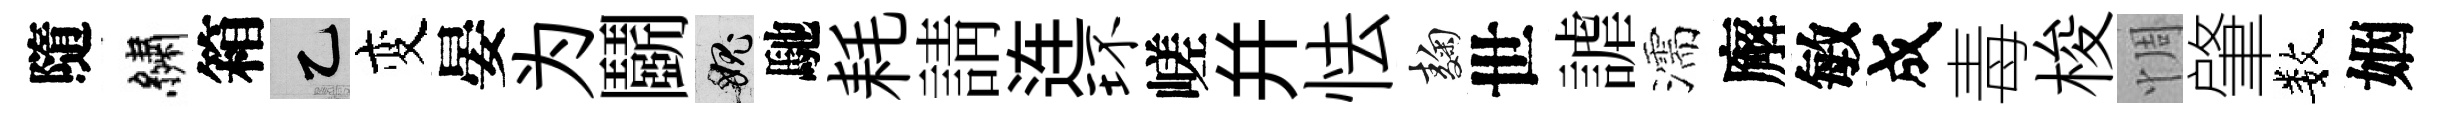
隨繡箱乙变晏为鬬愧馳耗請连环嵯幷怯麹世謔濡廨敏成毒梭惆肇数姻